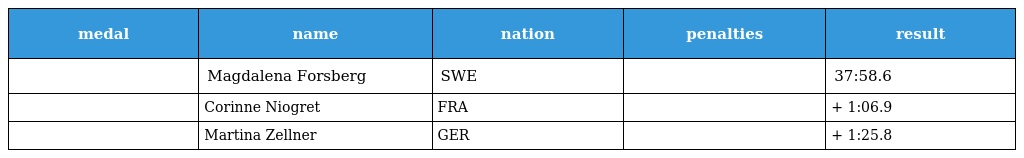
| medal | name | nation | penalties | result |
 | --- | --- | --- | --- | --- |
 |  | Magdalena Forsberg | SWE |  | 37:58.6 |
 |  | Corinne Niogret | FRA |  | + 1:06.9 |
 |  | Martina Zellner | GER |  | + 1:25.8 |